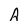
Character: A